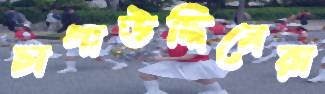
চাপাউদ্দিনেরা